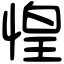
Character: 惶